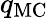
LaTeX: q_{\mathrm{MC}}